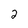
Character: 2